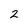
Character: 2